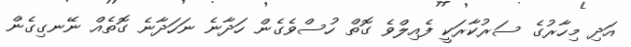
އަދި މިހާރުގެ ސަރުކާރަކީ ފެއިލްވެ ގޮތް ހުސްވެގެން ހަދާނެ ނަހަދާނެ ގޮތެއް ނޭނގިގެން